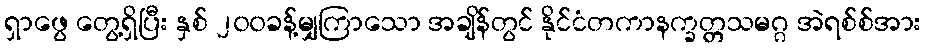
ရှာဖွေ တွေ့ရှိပြီး နှစ် ၂၀၀ခန့်မျှကြာသော အချိန်တွင် နိုင်ငံတကာနက္ခတ္တသမဂ္ဂ အဲရစ်စ်အား